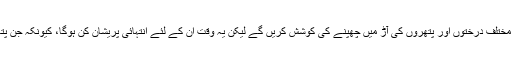
جب کفار و مشرکین اور دجالی لشکر کی شکست ہوجائے گی تو وہ راہ فرار اختیار کریں گے اور مختلف درختوں اور پتھروں کی آڑ میں چھپنے کی کوشش کریں گے لیکن یہ وقت ان کے لئے انتہائی پریشان کن ہوگا، کیونکہ جن پتھروں اور درختوں کی آڑ میں وہ چھپیں گے ، وہ درخت اور پتھر ہی کہنے لگیں گے: اے مسلمان!